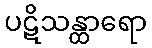
ပဋိသန္ထာရော